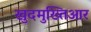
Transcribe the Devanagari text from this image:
खुदमुख्तिआर